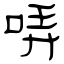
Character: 哢